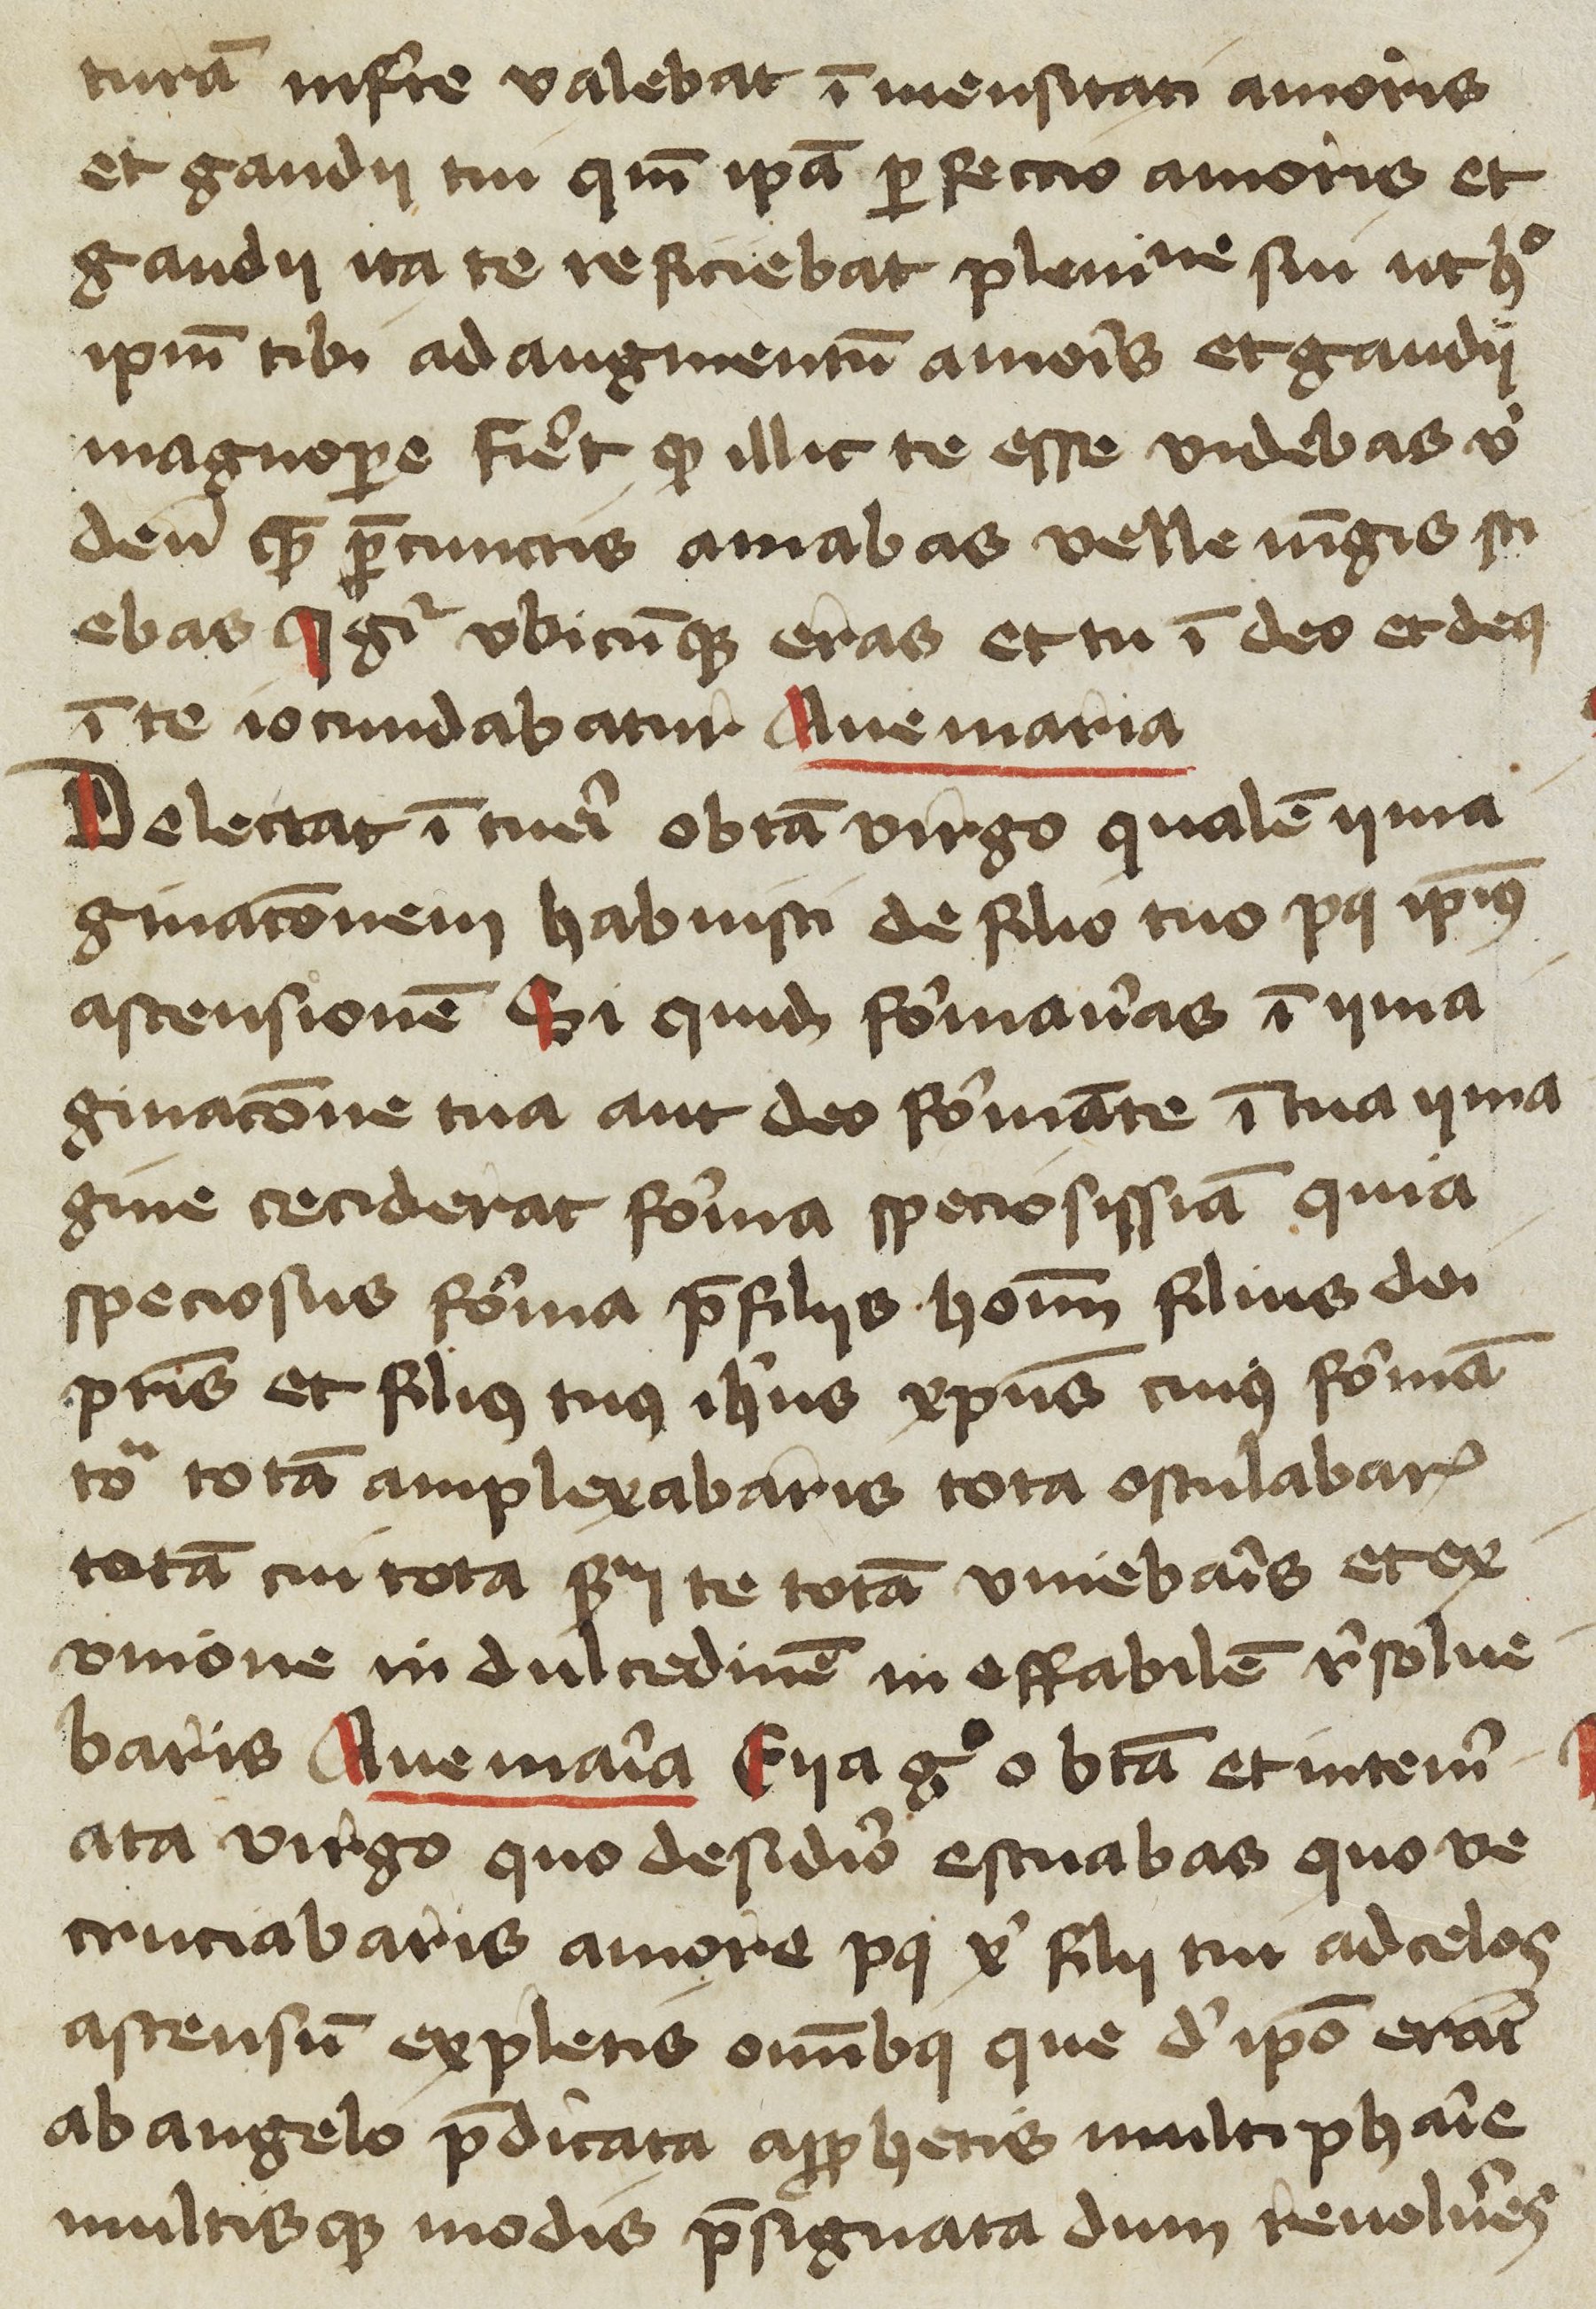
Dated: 1400–1449